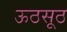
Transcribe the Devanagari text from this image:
ऊठसूठ